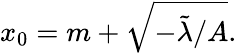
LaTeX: x_{0}=m+\sqrt{-\tilde{\lambda}/A}.